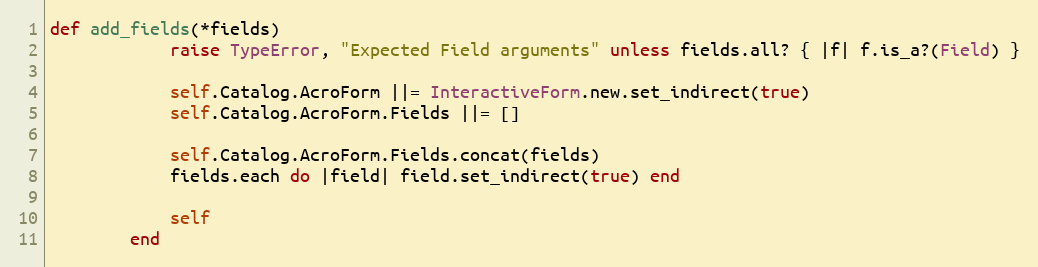
Language: Ruby
def add_fields(*fields)
            raise TypeError, "Expected Field arguments" unless fields.all? { |f| f.is_a?(Field) }

            self.Catalog.AcroForm ||= InteractiveForm.new.set_indirect(true)
            self.Catalog.AcroForm.Fields ||= []

            self.Catalog.AcroForm.Fields.concat(fields)
            fields.each do |field| field.set_indirect(true) end

            self
        end